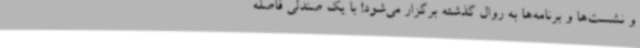
و نشست‌ها و برنامه‌ها به روال گذشته برگزار می‌شود! با یک صندلی فاصله